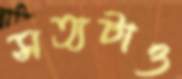
সত্যটাও